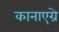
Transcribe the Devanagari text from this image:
कानाएग्रे